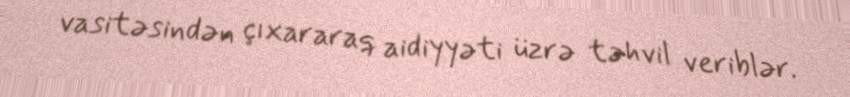
vasitəsindən çıxararaq aidiyyəti üzrə təhvil veriblər.